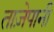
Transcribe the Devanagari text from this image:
ताज़ेपानी